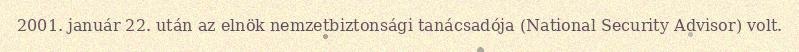
2001. január 22. után az elnök nemzetbiztonsági tanácsadója (National Security Advisor) volt.